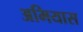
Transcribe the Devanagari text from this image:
अमियास